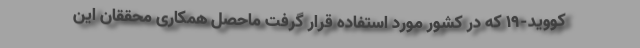
کووید-19 که در کشور مورد استفاده قرار گرفت ماحصل همکاری محققان این